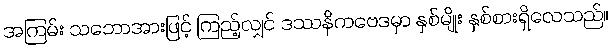
အကြမ်း သဘောအားဖြင့် ကြည့်လျှင် ဒဿနိကဗေဒမှာ နှစ်မျိုး နှစ်စားရှိလေသည်။